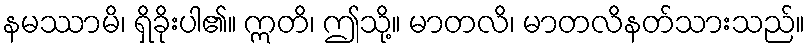
နမဿာမိ၊ ရှိခိုးပါ၏။ ဣတိ၊ ဤသို့။ မာတလိ၊ မာတလိနတ်သားသည်။